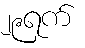
၂၉ရက်